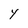
Character: Y